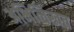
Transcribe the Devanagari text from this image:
अभिलिखत